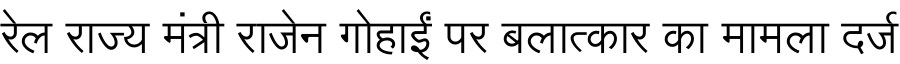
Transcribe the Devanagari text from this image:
रेल राज्य मंत्री राजेन गोहाईं पर बलात्कार का मामला दर्ज